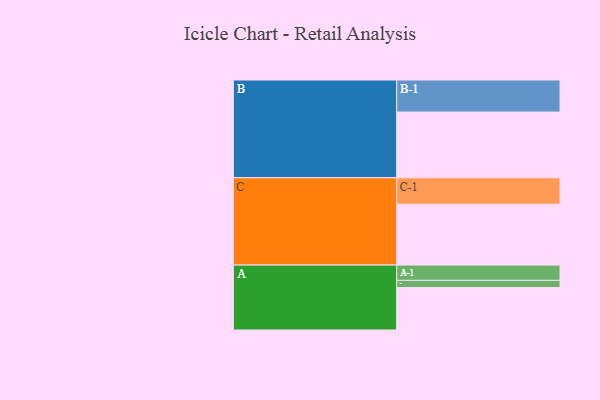
{"axis": {"x": "Segment", "y": "Value"}, "legend": ["", "A", "B", "C"], "data": [{"x": "A", "y": 370, "type": ""}, {"x": "B", "y": 572, "type": ""}, {"x": "C", "y": 530, "type": ""}, {"x": "A-1", "y": 133, "type": "A"}, {"x": "A-2", "y": 62, "type": "A"}, {"x": "B-1", "y": 279, "type": "B"}, {"x": "C-1", "y": 230, "type": "C"}]}